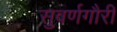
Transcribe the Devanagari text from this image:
सुवर्णगौरी